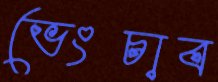
ভেংচাব